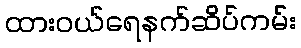
ထားဝယ်ရေနက်ဆိပ်ကမ်း